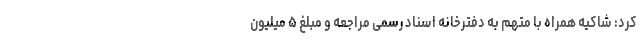
کرد: شاکیه همراه با متهم به دفترخانه اسناد رسمی مراجعه و مبلغ ۵ میلیون